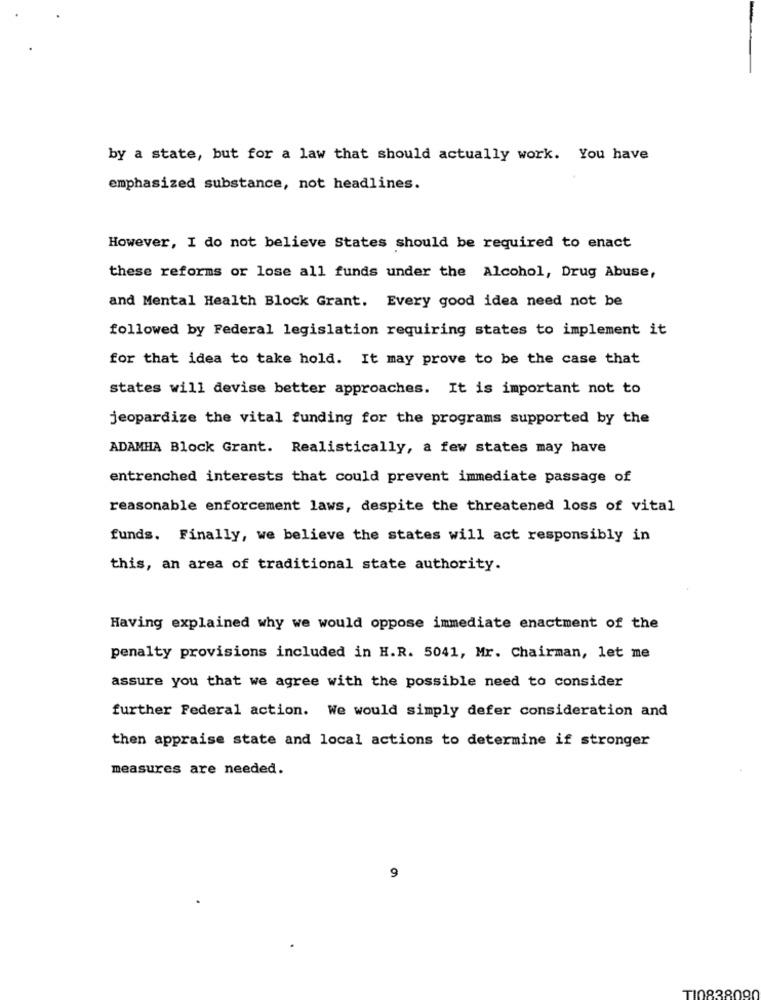
by a state, but for a law that should actually work. You have
emphasized substance, not headlines.
However, I do not believe States should be required to enact
these reforms or lose all funds under the Alcohol, Drug Abuse,
and Mental Health Block Grant. Every good idea need not be
followed by Federal legislation requiring states to implement it
for that idea to take hold. It may prove to be the case that
states will devise better approaches. It is important not to
jeopardize the vital funding for the programs supported by the
ADAMHA Block Grant. Realistically, a few states may have
entrenched interests that could prevent immediate passage of
reasonable enforcement laws, despite the threatened loss of vital
funds. Finally, we believe the states will act responsibly in
this, an area of traditional state authority.
Having explained why we would oppose immediate enactment of the
penalty provisions included in H.R. 5041, Mr. Chairman, let me
assure you that we agree with the possible need to consider
further Federal action. We would simply defer consideration and
then appraise state and local actions to determine if stronger
measures are needed.
9
TI0838090